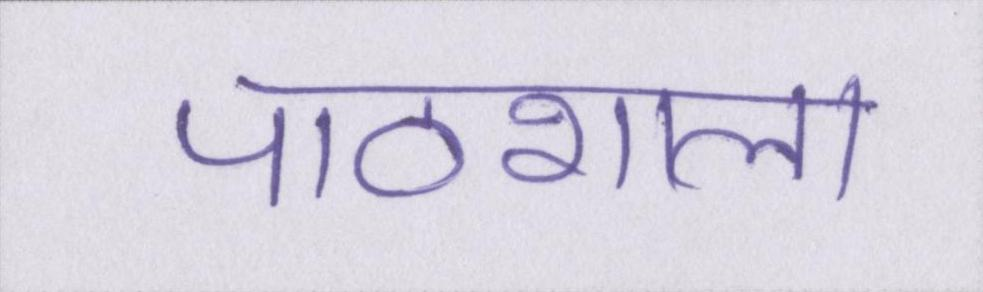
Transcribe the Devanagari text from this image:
पाठशाला